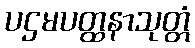
ပဌမပတ္ထနာသုတ္တံ